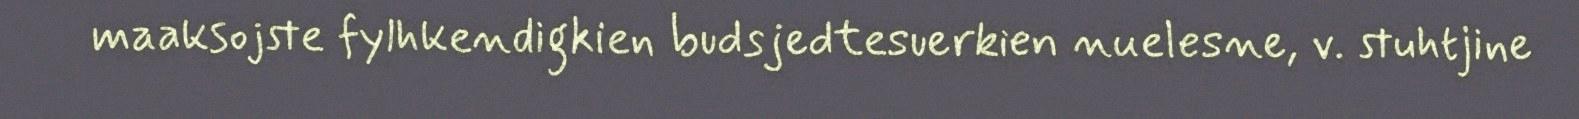
maaksojste fylhkendigkien budsjedtesuerkien nuelesne, v. stuhtjine